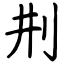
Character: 㓝